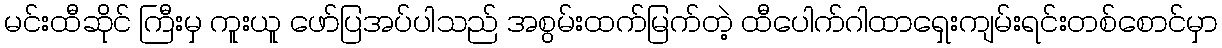
မင်းထီဆိုင် ကြီးမှ ကူးယူ ဖော်ပြအပ်ပါသည် အစွမ်းထက်မြက်တဲ့ ထီပေါက်ဂါထာရှေးကျမ်းရင်းတစ်စောင်မှာ